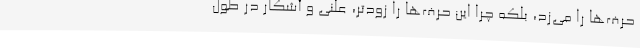
حرف‌ها را می‌زد، بلکه چرا این حرف‌ها را زودتر، علنی و آشکار در طول